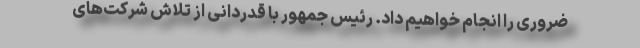
ضروری را انجام خواهیم داد. رئیس جمهور با قدردانی از تلاش شرکت‌های